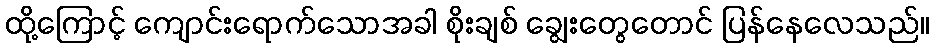
ထို့ကြောင့် ကျောင်းရောက်သောအခါ စိုးချစ် ချွေးတွေတောင် ပြန်နေလေသည်။